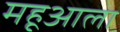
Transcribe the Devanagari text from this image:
महूआला